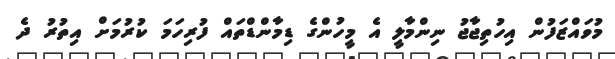
މުވައްޒަފުން އިހުތިޖާޖު ނިންމާލީ އެ މީހުންގެ ޑިމާންޑްތައް ފުރިހަމަ ކުރުމަށް އިތުރު ދެ